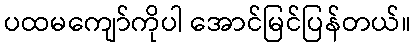
ပထမကျော်ကိုပါ အောင်မြင်ပြန်တယ်။